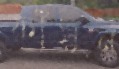
ফাঁসুন